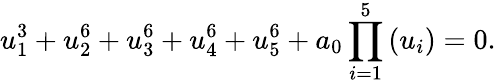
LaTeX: u_{1}^{3}+u_{2}^{6}+u_{3}^{6}+u_{4}^{6}+u_{5}^{6}+a_{0}\prod_{i=1}^{5}\left(u_{i}\right)=0.